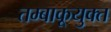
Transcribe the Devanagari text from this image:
तम्बाकूयुक्त